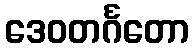
ဒေဝတင်္ဂတော